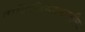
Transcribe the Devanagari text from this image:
ताजिकिस्तानातील